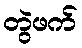
တွဲဖက်